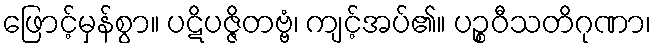
ဖြောင့်မှန်စွာ။ ပဋိပဇ္ဇိတဗ္ဗံ၊ ကျင့်အပ်၏။ ပဉ္စဝီသတိဂုဏာ၊